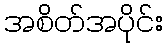
အစိတ်အပိုင်း